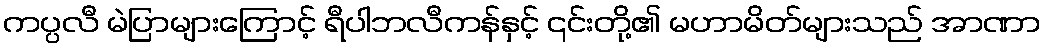
ကပ္ပလီ မဲပြာများကြောင့် ရီပါဘလီကန်နှင့် ၎င်းတို့၏ မဟာမိတ်များသည် အာဏာ